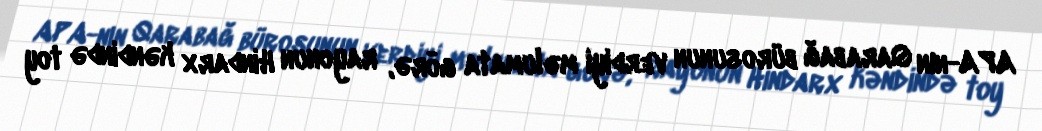
APA-nın Qarabağ bürosunun verdiyi məlumata görə, rayonun Hindarx kəndində toy